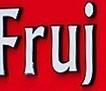
Fruj